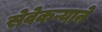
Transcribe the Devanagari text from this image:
सेवेकऱ्याने